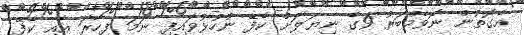
އެގޮތުން ނޮވެމްބަރު 9ގެ ނިޔަލަށް ކެފޭ ނުހުޅުވައިފި ނަމަ ފިހާރަ އާއި ކެފޭ